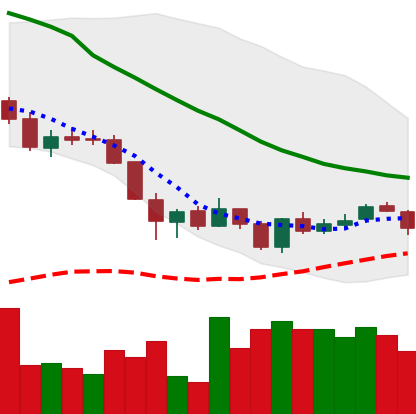
Ticker: LINK-USD
Chart end date: 2018-06-04
Forward return: -12.594%
Label: down_7plus